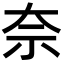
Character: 奈